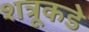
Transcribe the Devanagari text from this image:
शत्रूकडे